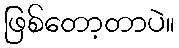
ဖြစ်တော့တာပဲ။